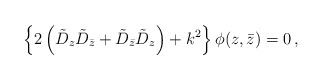
\begin{align*}\left\{2\left(\tilde{D}_z\tilde{D}_{\bar{z}}+\tilde{D}_{\bar{z}}\tilde{D}_z\right)+k^2\right\}\phi(z,\bar{z})=0\, ,\end{align*}